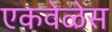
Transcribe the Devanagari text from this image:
एकवेळेस